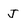
Character: J